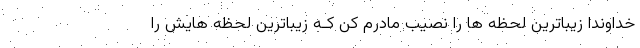
خداوندا زیباترین لحظه ها را نصیب مادرم کن کـه زیباترین لحظه هایش را